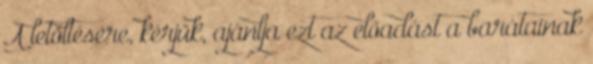
A letöltésére, kérjük, ajánlja ezt az előadást a barátainak